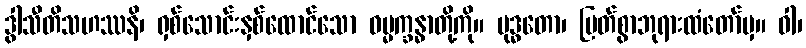
ဒွါသီတိသဟဿနိ၊ ရှစ်သောင်းနှစ်ထောင်သော ဓမ္မက္ခန္ဓာတို့ကို။ ဗုဒ္ဓတော၊ မြတ်စွာဘုရားထံတော်မှ။ ဝါ၊